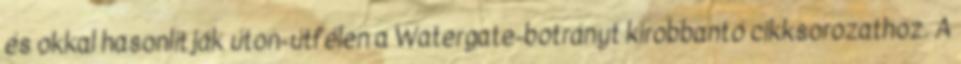
és okkal hasonlítják úton-útfélen a Watergate-botrányt kirobbantó cikksorozathoz. A